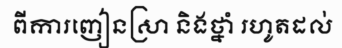
ពីការញៀនស្រា និងថ្នាំ រហូតដល់